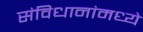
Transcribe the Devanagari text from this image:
संविधानांमध्ये